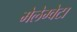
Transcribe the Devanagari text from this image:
मेलेग्वेटा